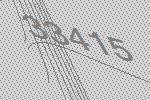
33415